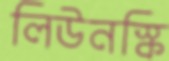
লিউনস্কি